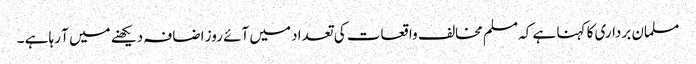
مسلمان برداری کا کہنا ہے کہ مسلم مخالف واقعات کی تعداد میں آئے روز اضافہ دیکھنے میں آ رہا ہے ۔